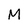
Character: M